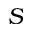
S